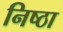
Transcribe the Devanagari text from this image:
निष्‍ठा